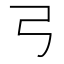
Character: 𢎗